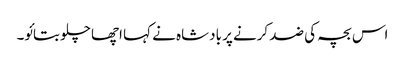
اس بچہ کی ضد کرنے پر بادشاہ نے کہا اچھا چلو بتائو۔